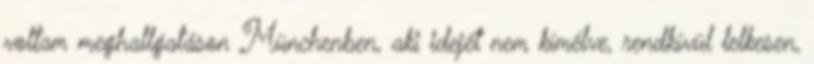
voltam meghallgatáson Münchenben, aki idejét nem kímélve, rendkívül lelkesen,